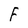
Character: F